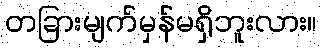
တခြားမျက်မှန်မရှိဘူးလား။